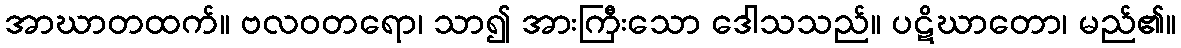
အာဃာတထက်။ ဗလဝတရော၊ သာ၍ အားကြီးသော ဒေါသသည်။ ပဋိဃာတော၊ မည်၏။